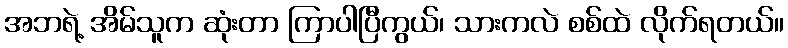
အဘရဲ့ အိမ်သူက ဆုံးတာ ကြာပါပြီကွယ်၊ သားကလဲ စစ်ထဲ လိုက်ရတယ်။